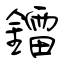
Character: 鐳